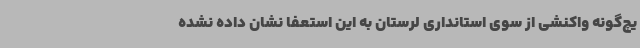
یچ‌گونه واکنشی از سوی استانداری لرستان به این استعفا نشان داده نشده